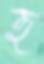
হ